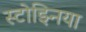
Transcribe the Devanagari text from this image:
स्टोझ्निया